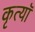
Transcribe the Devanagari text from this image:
कृत्यॉ